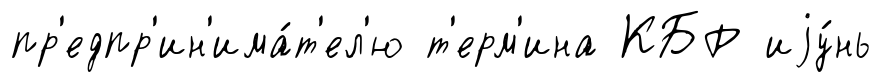
пр'едпр'ин'има́т'ел'ю т'ерм'ина КБР иjу́нь